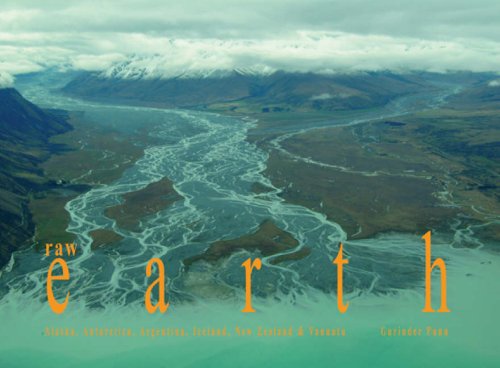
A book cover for Raw Earth: Alaska, Antarctica, Argentina, Iceland, New Zealand and Vanuatu; Gurinder Punn; Travel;